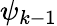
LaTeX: \psi_{k-1}